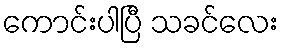
ကောင်းပါပြီ သခင်လေး